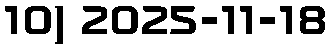
10) 2025-11-18